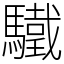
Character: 驖